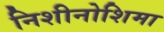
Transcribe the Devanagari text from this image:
निशीनोशिमा